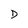
Character: D